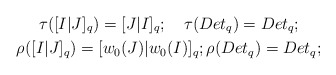
\begin{gather*}\tau([I|J]_q) = [J|I]_q; \quad\tau(Det_q) = Det_q;\\\rho([I|J]_q) = [w_0(J)|w_0(I)]_q; \rho(Det_q) = Det_q;\end{gather*}